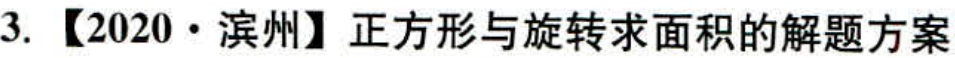
3. 【2020·滨州】正方形与旋转求面积的解题方案